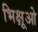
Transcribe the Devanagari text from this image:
भिक्षूओ